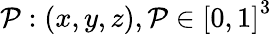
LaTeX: \mathcal{P}:(x,y,z),\mathcal{P}\in{[0,1]}^{3}